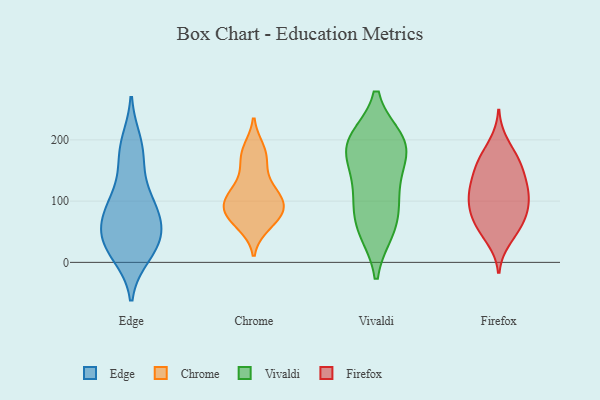
{"axis": {"x": "Churn Rate (%)", "y": "Value"}, "legend": ["Chrome", "Edge", "Firefox", "Vivaldi"], "data": [{"x": "", "y": 184, "type": "Edge"}, {"x": "", "y": 12, "type": "Edge"}, {"x": "", "y": 162, "type": "Edge"}, {"x": "", "y": 81, "type": "Edge"}, {"x": "", "y": 45, "type": "Edge"}, {"x": "", "y": 85, "type": "Edge"}, {"x": "", "y": 29, "type": "Edge"}, {"x": "", "y": 33, "type": "Edge"}, {"x": "", "y": 54, "type": "Edge"}, {"x": "", "y": 66, "type": "Edge"}, {"x": "", "y": 98, "type": "Edge"}, {"x": "", "y": 113, "type": "Edge"}, {"x": "", "y": 18, "type": "Edge"}, {"x": "", "y": 196, "type": "Edge"}, {"x": "", "y": 78, "type": "Chrome"}, {"x": "", "y": 87, "type": "Chrome"}, {"x": "", "y": 68, "type": "Chrome"}, {"x": "", "y": 110, "type": "Chrome"}, {"x": "", "y": 142, "type": "Chrome"}, {"x": "", "y": 108, "type": "Chrome"}, {"x": "", "y": 108, "type": "Chrome"}, {"x": "", "y": 178, "type": "Chrome"}, {"x": "", "y": 184, "type": "Chrome"}, {"x": "", "y": 107, "type": "Chrome"}, {"x": "", "y": 78, "type": "Chrome"}, {"x": "", "y": 169, "type": "Chrome"}, {"x": "", "y": 62, "type": "Chrome"}, {"x": "", "y": 88, "type": "Chrome"}, {"x": "", "y": 55, "type": "Vivaldi"}, {"x": "", "y": 120, "type": "Vivaldi"}, {"x": "", "y": 188, "type": "Vivaldi"}, {"x": "", "y": 174, "type": "Vivaldi"}, {"x": "", "y": 199, "type": "Vivaldi"}, {"x": "", "y": 79, "type": "Vivaldi"}, {"x": "", "y": 119, "type": "Vivaldi"}, {"x": "", "y": 198, "type": "Vivaldi"}, {"x": "", "y": 53, "type": "Vivaldi"}, {"x": "", "y": 190, "type": "Vivaldi"}, {"x": "", "y": 48, "type": "Firefox"}, {"x": "", "y": 88, "type": "Firefox"}, {"x": "", "y": 81, "type": "Firefox"}, {"x": "", "y": 37, "type": "Firefox"}, {"x": "", "y": 59, "type": "Firefox"}, {"x": "", "y": 72, "type": "Firefox"}, {"x": "", "y": 116, "type": "Firefox"}, {"x": "", "y": 137, "type": "Firefox"}, {"x": "", "y": 100, "type": "Firefox"}, {"x": "", "y": 155, "type": "Firefox"}, {"x": "", "y": 75, "type": "Firefox"}, {"x": "", "y": 115, "type": "Firefox"}, {"x": "", "y": 173, "type": "Firefox"}, {"x": "", "y": 117, "type": "Firefox"}, {"x": "", "y": 195, "type": "Firefox"}, {"x": "", "y": 159, "type": "Firefox"}, {"x": "", "y": 120, "type": "Firefox"}, {"x": "", "y": 162, "type": "Firefox"}]}